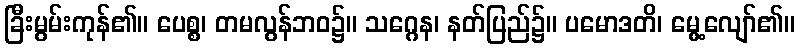
ခြီးမွမ်းကုန်၏။ ပေစ္စ၊ တမလွန်ဘဝ၌။ သဂ္ဂေန၊ နတ်ပြည်၌။ ပမောဒတိ၊ မွေ့လျော်၏။